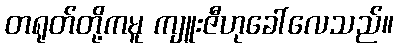
တရုတ်တို့ကမူ ကျူးဇီဟုခေါ်လေသည်။